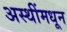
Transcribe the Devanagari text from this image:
अस्थींमधून